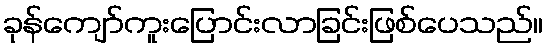
ခုန်ကျော်ကူးပြောင်းလာခြင်းဖြစ်ပေသည်။